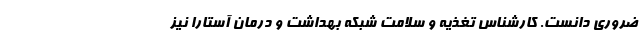
ضروری دانست. کارشناس تغذیه و سلامت شبکه بهداشت و درمان آستارا نیز